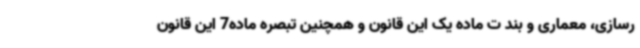
رسازی، معماری و بند ت ماده یک این قانون و همچنین تبصره ماده7 این قانون